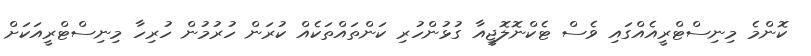
ކޮންމެ މިނިސްޓްރީއެއްގައި ވެސް ޓެކްނޮލޮޖީއާ ގުޅުންހުރި ކަންތައްތަކެއް ކުރަން ހުރުމުން ހުރިހާ މިނިސްޓްރީއަކަށް